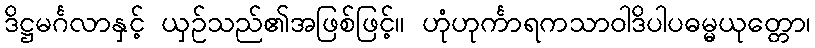
ဒိဋ္ဌမင်္ဂလာနှင့် ယှဉ်သည်၏အဖြစ်ဖြင့်။ ဟုံဟုင်္ကာရကသာဝါဒိပါပဓမ္မယုတ္တော၊